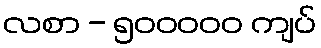
လစာ - ၅၀၀၀၀၀ ကျပ်